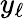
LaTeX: y_{\ell}